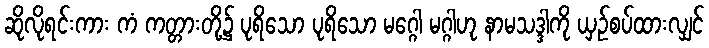
ဆိုလိုရင်းကား ကံ ကတ္တားတို့၌ ပုရိသော ပုရိသော မဂ္ဂေါ မဂ္ဂါဟု နာမသဒ္ဒါကို ယှဉ်စပ်ထားလျှင်